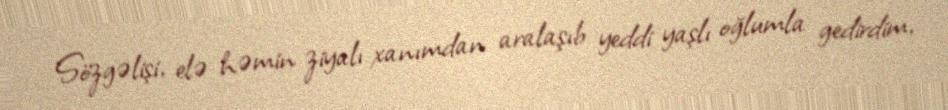
Sözgəlişi, elə həmin ziyalı xanımdan aralaşıb yeddi yaşlı oğlumla gedirdim,